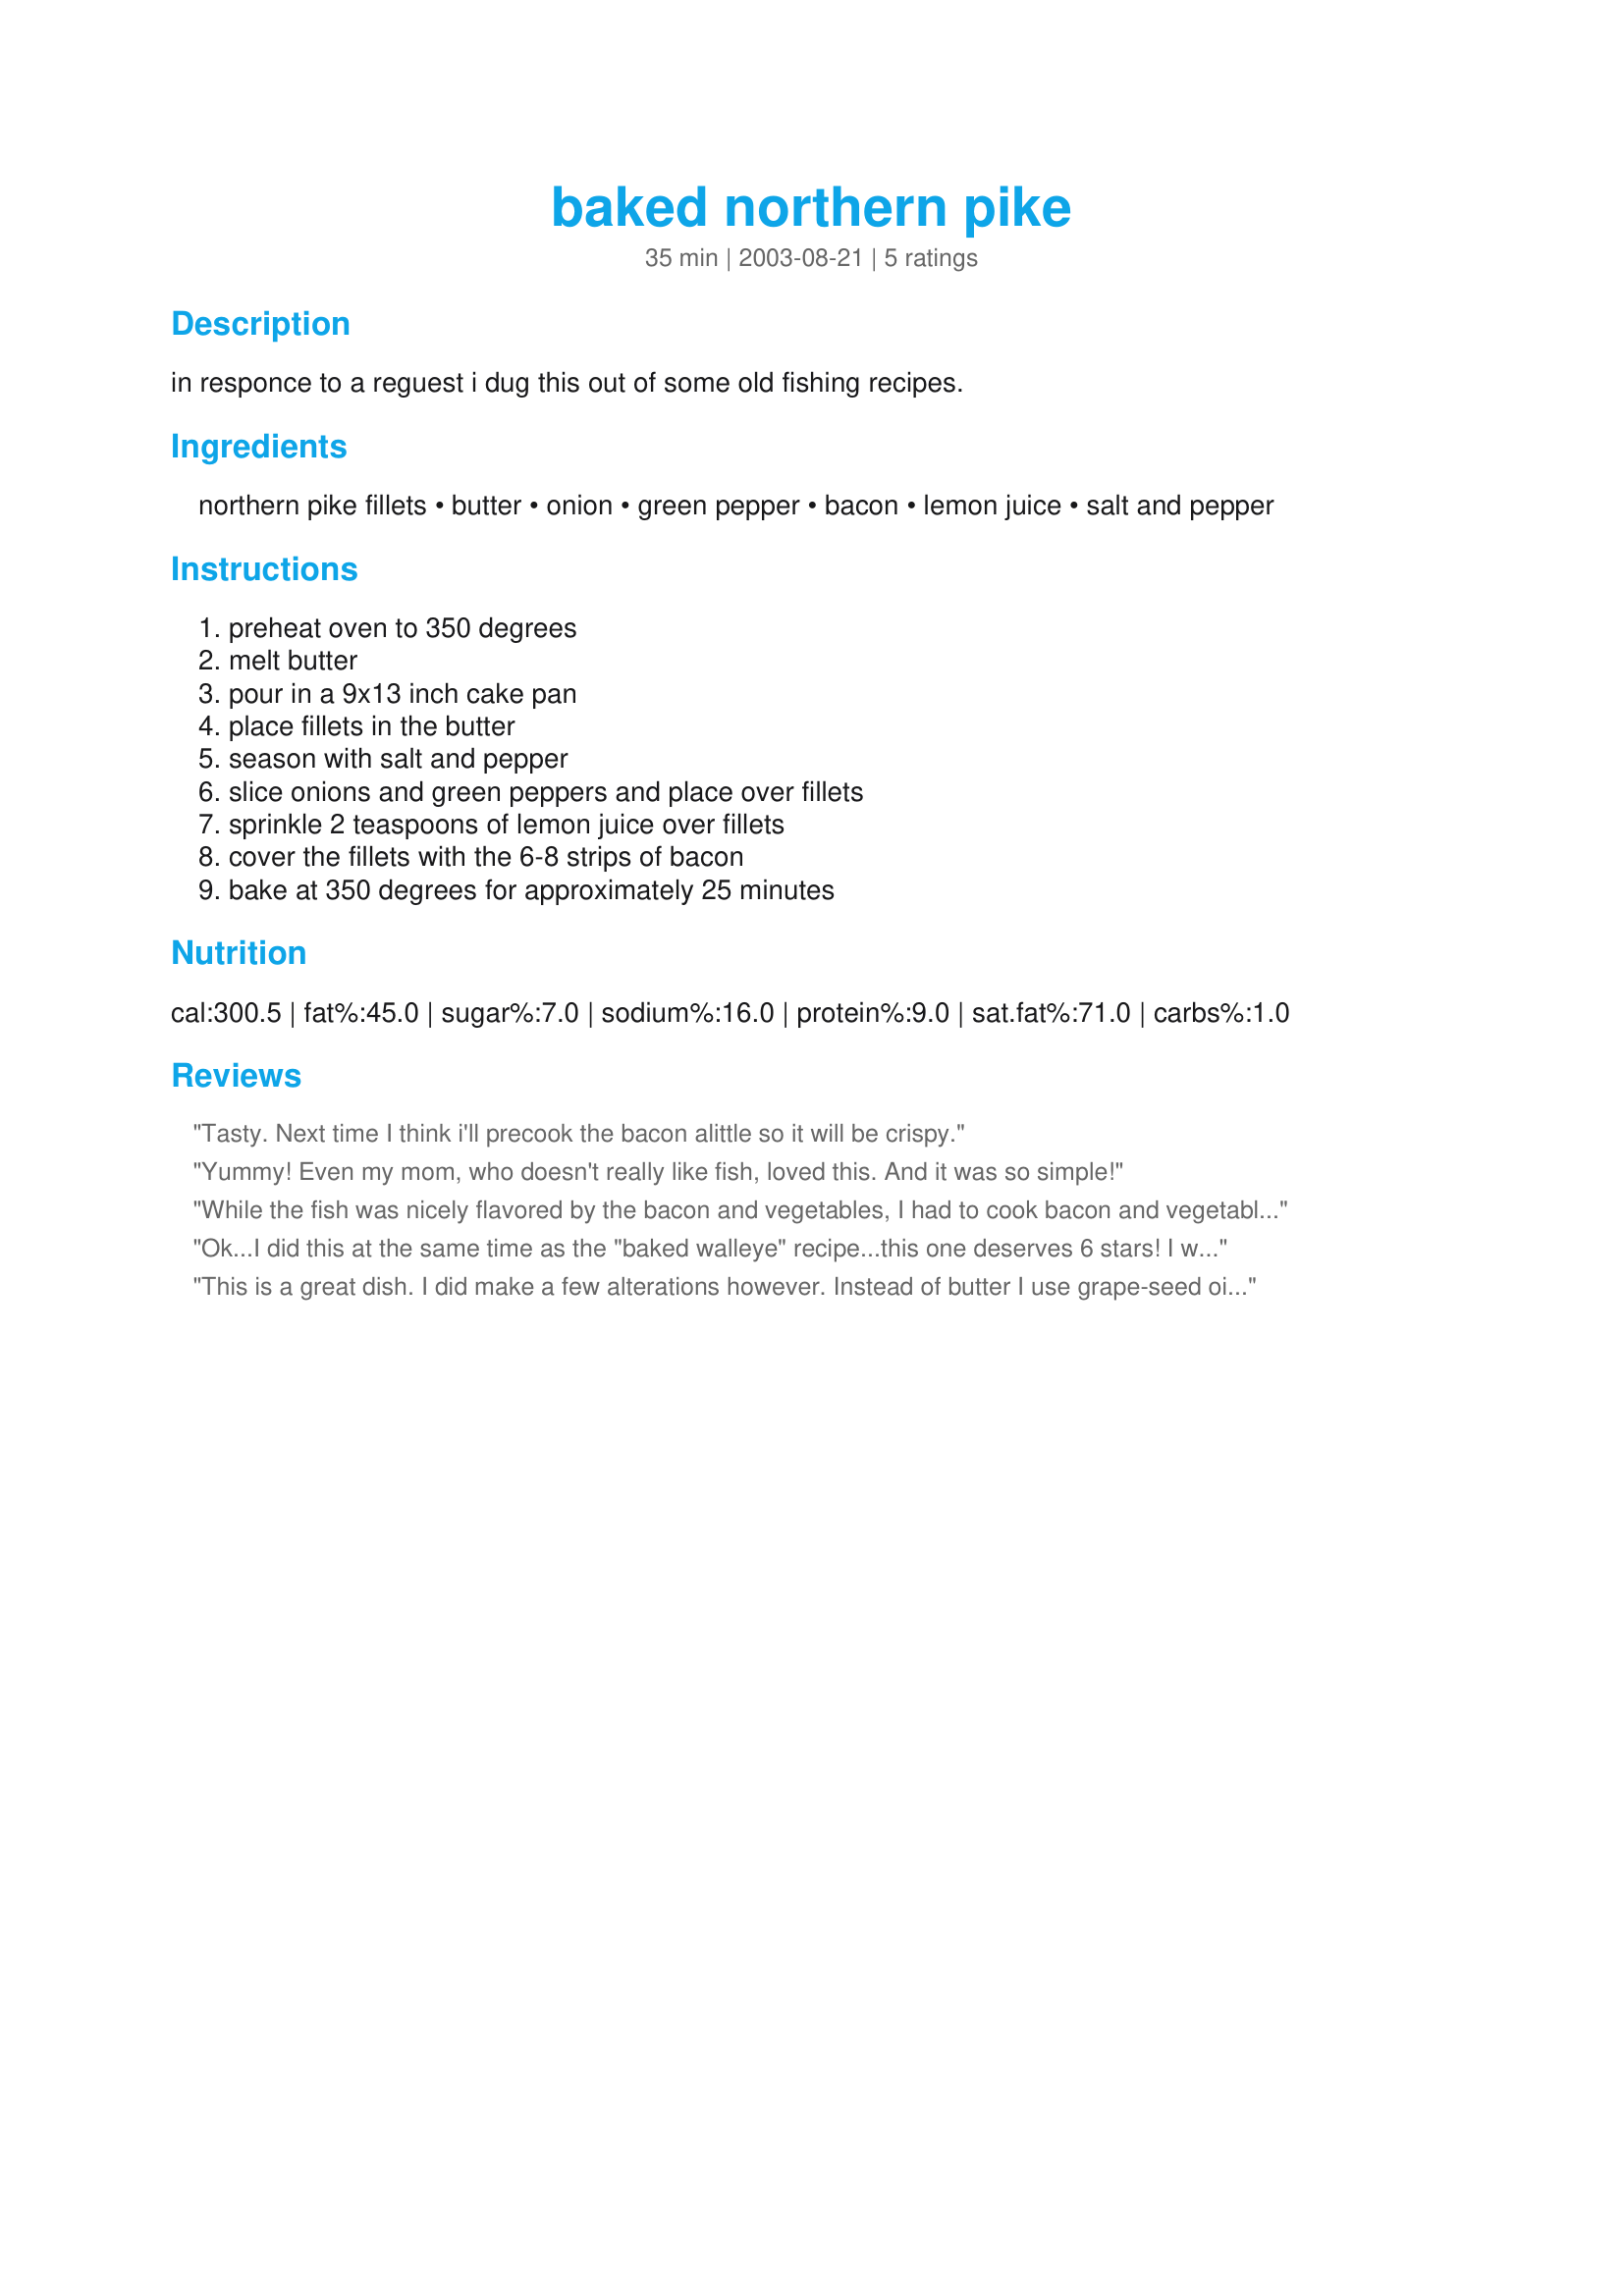
baked northern pike
Preparation time: 35 minutes

in responce to a reguest i dug this out of some old fishing recipes.

Ingredients:
northern pike fillets, butter, onion, green pepper, bacon, lemon juice, salt and pepper

Steps:
preheat oven to 350 degrees, melt butter, pour in a 9x13 inch cake pan, place fillets in the butter, season with salt and pepper, slice onions and green peppers and place over fillets, sprinkle 2 teaspoons of lemon juice over fillets, cover the fillets with the 6-8 strips of bacon, bake at 350 degrees for approximately 25 minutes

Reviews:
Tasty. Next time I think i'll precook the bacon alittle so it will be crispy.
Yummy! Even my mom, who doesn't really like fish, loved this. And it was so simple!
While the fish was nicely flavored by the bacon and vegetables, I had to cook bacon and vegetables longer.
Ok...I did this at the same time as the "baked walleye" recipe...this one deserves 6 stars! I was leary about the bacon and onions being "done" in time, but followed your directions to the letter!....turned out beautiful, (should've taken a pic) and what a delightful flavor! I will keep this recipe....ps, my DH was impressed....now THAT is something! TY!
This is a great dish. I did make a few alterations however. Instead of butter I use grape-seed oil (for health reasons). I pre-cook the veggies about half-way. Once the onions & peppers get soft, I fold the veggies on top of the fish. (The cooked veggies help bake the fish). I also substituted prosciutto for bacon. I fried up the prosciutto a bit...Fantastic!

Next time I go ice-fishing I'm going to post a picture. This last time we just dug in, we had no time to think of pictures.
